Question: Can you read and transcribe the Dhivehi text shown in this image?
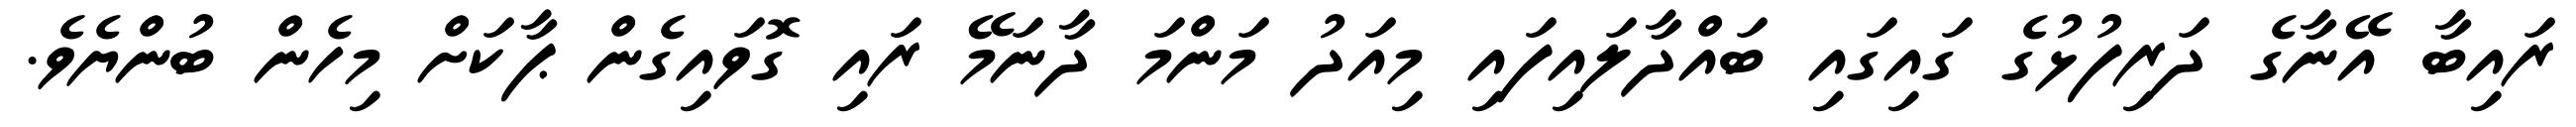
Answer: ރައިބާ އޭނާގެ ދަރިފުޅުގެ ގައިގައި ބައްދާލައިފައި މިއަދު މަންމަ ދާނަމޭ ރައި ގޮވައިގެން ޕާކަށް މިހެން ބުންޔެވެ.